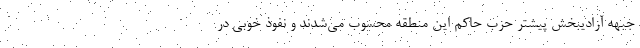
جبهه آزادیبخش پیشتر حزب حاکم این منطقه محسوب می‌شدند و نفوذ خوبی در